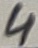
Text: 4